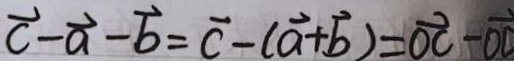
\overrightarrow { c } - \overrightarrow { a } - \overrightarrow { b } = \overrightarrow { c } - ( \overrightarrow { a } + \overrightarrow { b } ) = \overrightarrow { O C } - \overrightarrow { O D }